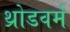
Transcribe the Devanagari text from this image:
थ्रोडवर्म